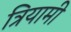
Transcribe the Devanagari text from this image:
त्रियामी